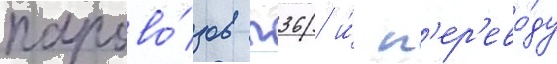
парово́зов п36 и́ п'ер'ево́ду